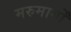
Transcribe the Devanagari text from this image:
मरुमार्गों